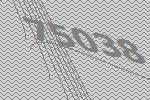
75038